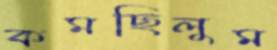
কমছিলুম